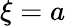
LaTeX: \xi=a